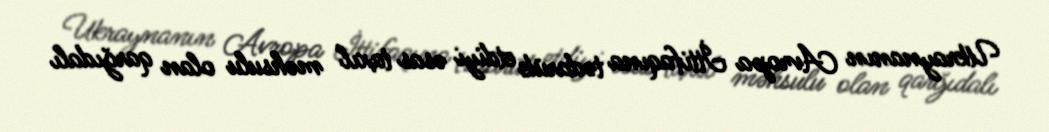
Ukraynanın Avropa İttifaqına tədarük etdiyi əsas taxıl məhsulu olan qarğıdalı